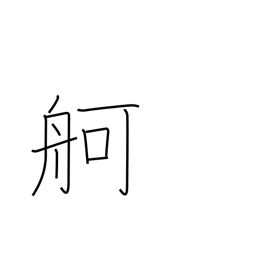
Meaning: large boat